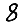
Digit: 8